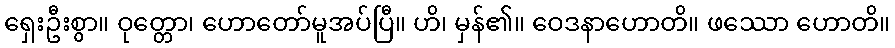
ရှေးဦးစွာ။ ဝုတ္တော၊ ဟောတော်မူအပ်ပြီ။ ဟိ၊ မှန်၏။ ဝေဒနာဟောတိ။ ဖဿော ဟောတိ။